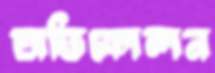
অডিকোলন